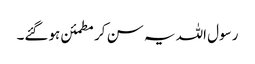
رسول اللہ یہ سن کر مطمئن ہوگئے۔